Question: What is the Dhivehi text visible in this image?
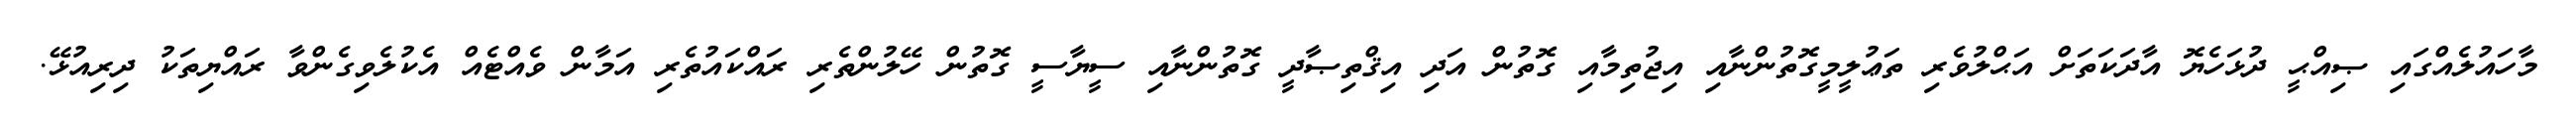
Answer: މާހައުލެއްގައި ޞިއްޙީ ދުޅަހެޔޮ އާދަކަތަށް އަޙްލުވެރި ތަޢުލީމީގޮތުންނާއި އިޖުތިމާއި ގޮތުން އަދި އިޤްތިޞާދީ ގޮތުންނާއި ސީޔާސީ ގޮތުން ހޭލުންތެރި ރައްކައުތެރި އަމާން ވެއްޓެއް އެކުލެވިގެންވާ ރައްޔިތަކު ދިރިއުޅޭ.